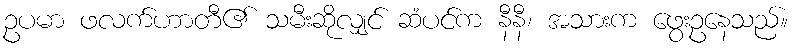
ဥပမာ ဖလက်ဟာတီ၏ သမီးဆိုလျှင် ဆံပင်က နီနီ၊ အသားက ဖွေးဥနေသည်။